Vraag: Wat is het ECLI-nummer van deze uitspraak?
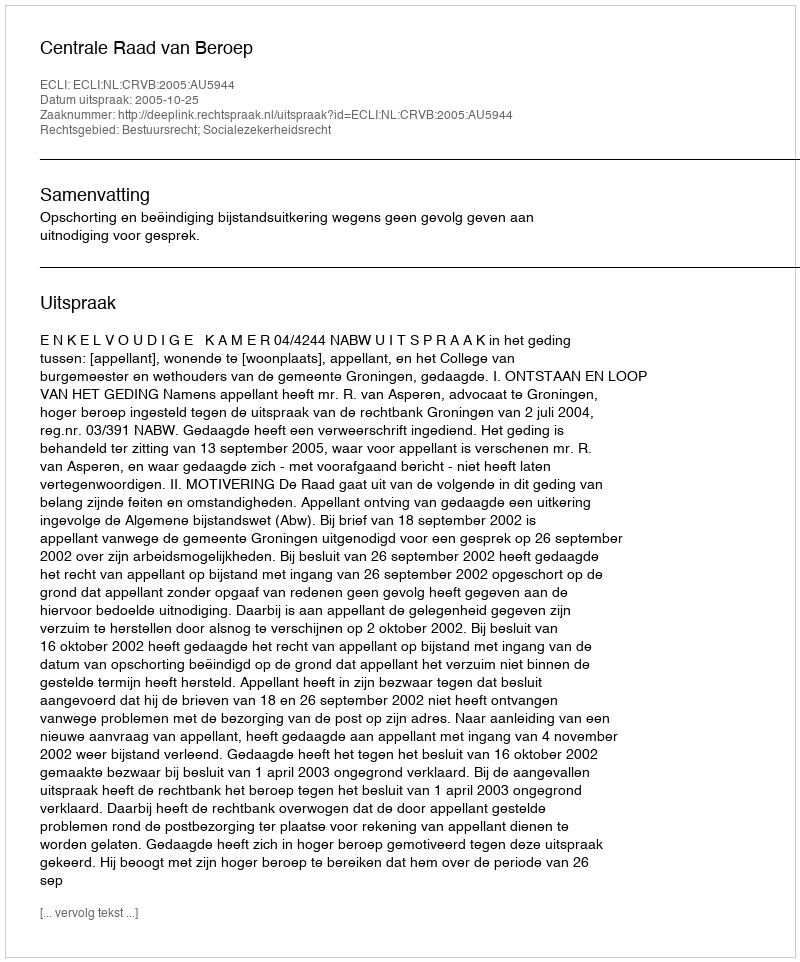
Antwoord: ECLI:NL:CRVB:2005:AU5944